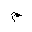
Letter: _mim